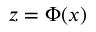
z = \Phi ( x )